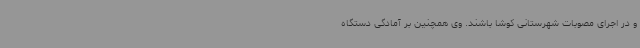
و در اجرای مصوبات شهرستانی کوشا باشند. وی همچنین بر آمادگی دستگاه